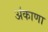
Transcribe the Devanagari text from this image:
अंकाणा